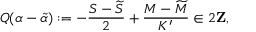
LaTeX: Q ( \alpha - \widetilde { \alpha } ) : = - \frac { S - \widetilde { S } } { 2 } + \frac { M - \widetilde { M } } { K ^ { \prime } } \in 2 { \bf Z } ,